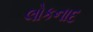
લોકનાદ